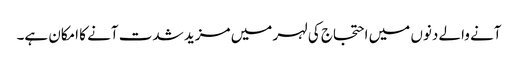
آنے والے دنوں میں احتجاج کی لہر میں مزید شدت آنے کا امکان ہے۔